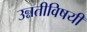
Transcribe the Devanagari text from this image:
उन्नतीविषयी